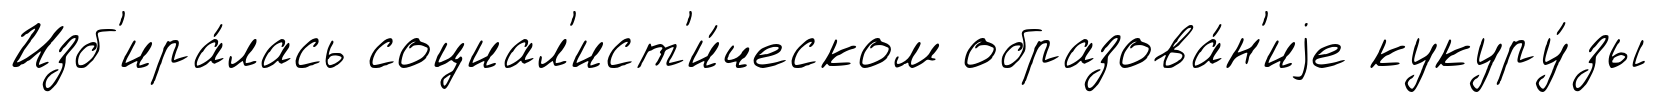
Изб'ира́лась социал'ист'и́ческом образова́н'иjе кукуру́зы